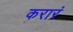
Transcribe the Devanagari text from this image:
करारं